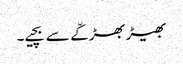
بھیڑ بھڑکّے سے بچیے۔